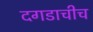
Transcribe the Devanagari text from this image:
दगडाचीच